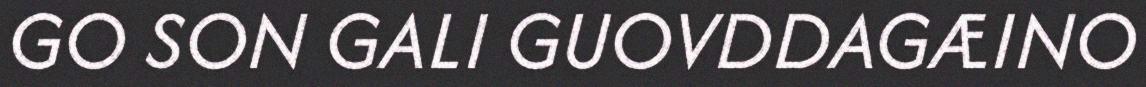
GO SON GALI GUOVDDAGÆINO